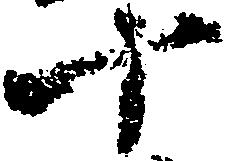
十